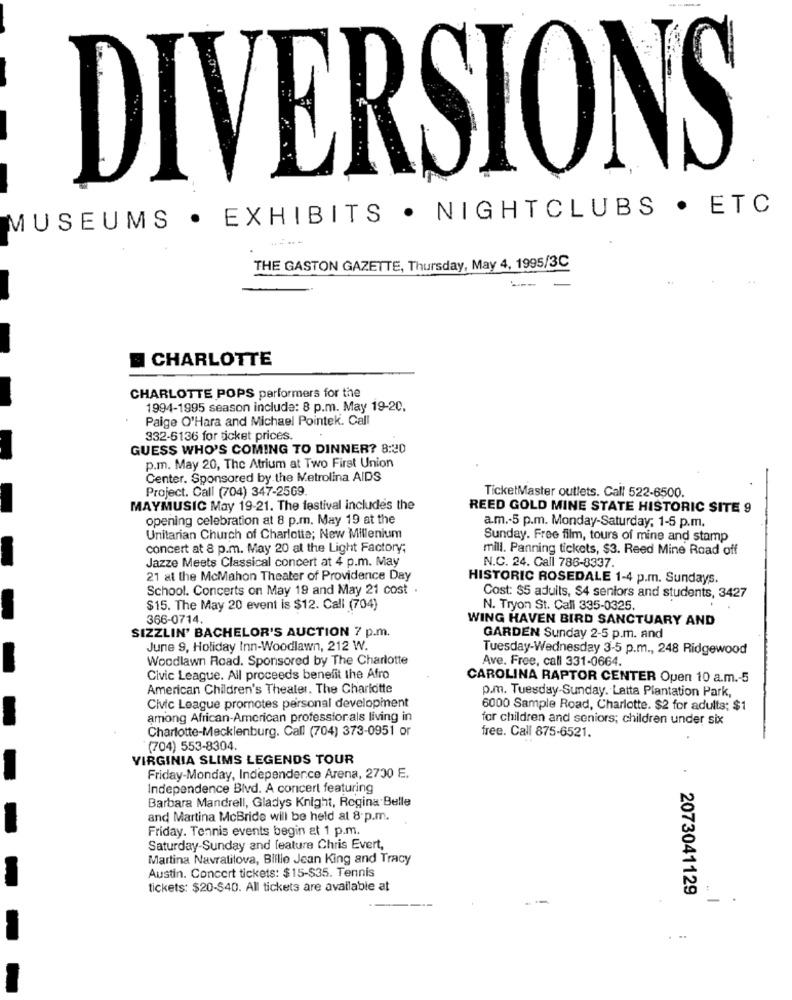
----
DIVERSIONS
. EXHIBITS . NIGHTCLUBS . ETC
MUSEUMS
THE GASTON GAZETTE, Thursday, May 4, 1995/3C
CHARLOTTE
CHARLOTTE POPS performers for the
1994-1995 season include: 8 p.m. May 19-20.
Paige O'Hara and Michael Pointek. Call
332-6136 for ticket prices.
GUESS WHO'S COMING TO DINNER? 8:20
p.m. May 20, The Atrium at Two First Union
Center. Sponsored by the Metrolina AIDS
Project. Call (704) 347-2569.
TicketMaster outlets. Call 522-6500.
MAYMUSIC May 19-21. The festival includes the
REED GOLD MINE STATE HISTORIC SITE 9
opening celebration at 8 p.m. May 19 at the
a.m .- 5 p.m. Monday-Saturday, 1-5 p.m.
Unitarian Church of Charlotte; New Millenium
Sunday. Free film, tours of mine and stamp
concert at 8 p.m. May 20 al the Light Factory;
mill. Panning tickets, $3. Reed Mine Road off
Jazze Meets Classical concert at 4 p.m. May
N.C. 24. Call 786-8337.
21 at the McMahon Theater of Providence Day
HISTORIC ROSEDALE 1-4 p.m. Sundays.
School. Concerts on May 19 and May 21 cost .
Cost: $5 adults, $4 seniors and students, 3427
$15. The May 20 event is $12. Call (704)
N. Tryon St. Call 335-0325.
366-0714.
WING HAVEN BIRD SANCTUARY AND
SIZZLIN' BACHELOR'S AUCTION 7 p.m.
GARDEN Sunday 2-5 p.m. and
June 9, Holiday Inn-Woodlawn, 212 W.
Tuesday-Wednesday 3-5 p.m ., 248 Ridgewood
Woodlawn Road. Sponsored by The Charlotte
Ave. Free, call 331-0664.
Civic League. All proceeds benefit the Afro
CAROLINA RAPTOR CENTER Open 10 a.m .- 5
American Children's Theater. The Charlotte
p.m. Tuesday-Sunday. Latta Plantation Park,
Civic League promotes personal development
6000 Sample Road, Charlotte. $2 for adults; $1
among African-American professionals living in
for children and seniors; children under six
Charlotte-Mecklenburg. Call (704) 373-0951 or
free. Call 875-6521.
(704) 553-8304.
VIRGINIA SLIMS LEGENDS TOUR
Friday-Monday, Independence Arena, 2730 E.
Independence Blvd. A concert featuring
Barbara Mandrell, Gladys Knight, Regina Belle
and Martina McBride will be held at 8 p.m.
Friday. Tennis events begin at 1 p.m.
Saturday-Sunday and feature Chris Evert,
Martina Navratilova, Billie Jean King and Tracy
Austin. Concert tickets: $15-$35. Tennis
tickets: $20-$40. All tickets are available at
2073041129
-